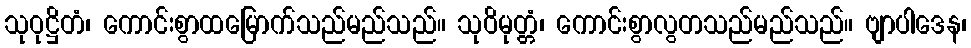
သုဝုဋ္ဌိတံ၊ ကောင်းစွာထမြောက်သည်မည်သည်။ သုဝိမုတ္တံ၊ ကောင်းစွာလွတသည်မည်သည်။ ဗျာပါဒေန၊